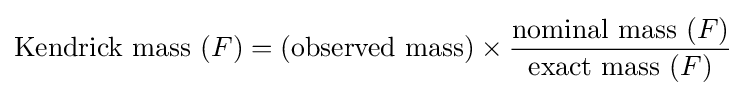
{\mbox{Kendrick mass}}~(F)=({\mbox{observed mass}})\times {\frac {{\mbox{nominal mass}}~(F)}{{\mbox{exact mass}}~(F)}}